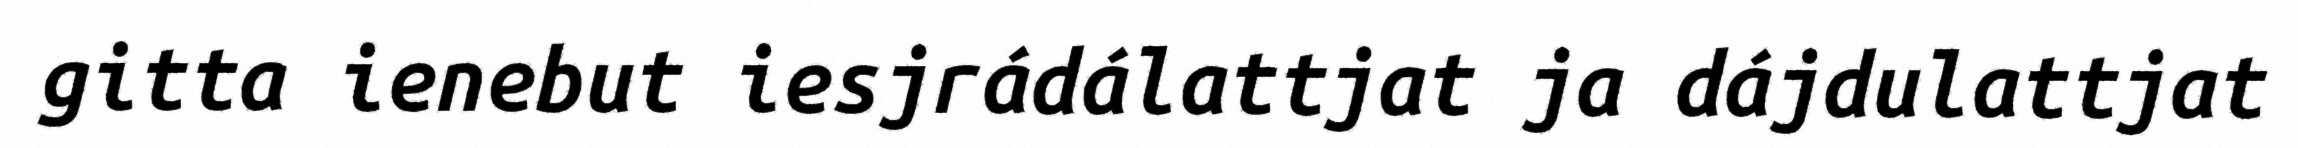
gitta ienebut iesjrádálattjat ja dájdulattjat